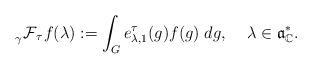
LaTeX: \begin{align*} \prescript{}{\gamma}{\mathcal{F}}_\tau f(\lambda):= \int_G e^\tau_{\lambda,1}(g) f(g) \;dg, \;\;\;\; \lambda \in \mathfrak{a}^*_\mathbb{C}.\end{align*}